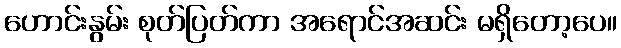
ဟောင်းနွမ်း စုတ်ပြတ်ကာ အရောင်အဆင်း မရှိတော့ပေ။